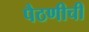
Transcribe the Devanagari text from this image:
पैठणीची